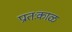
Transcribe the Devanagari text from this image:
प्रातःकाळ